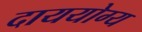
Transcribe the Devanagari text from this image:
दाययोग्य